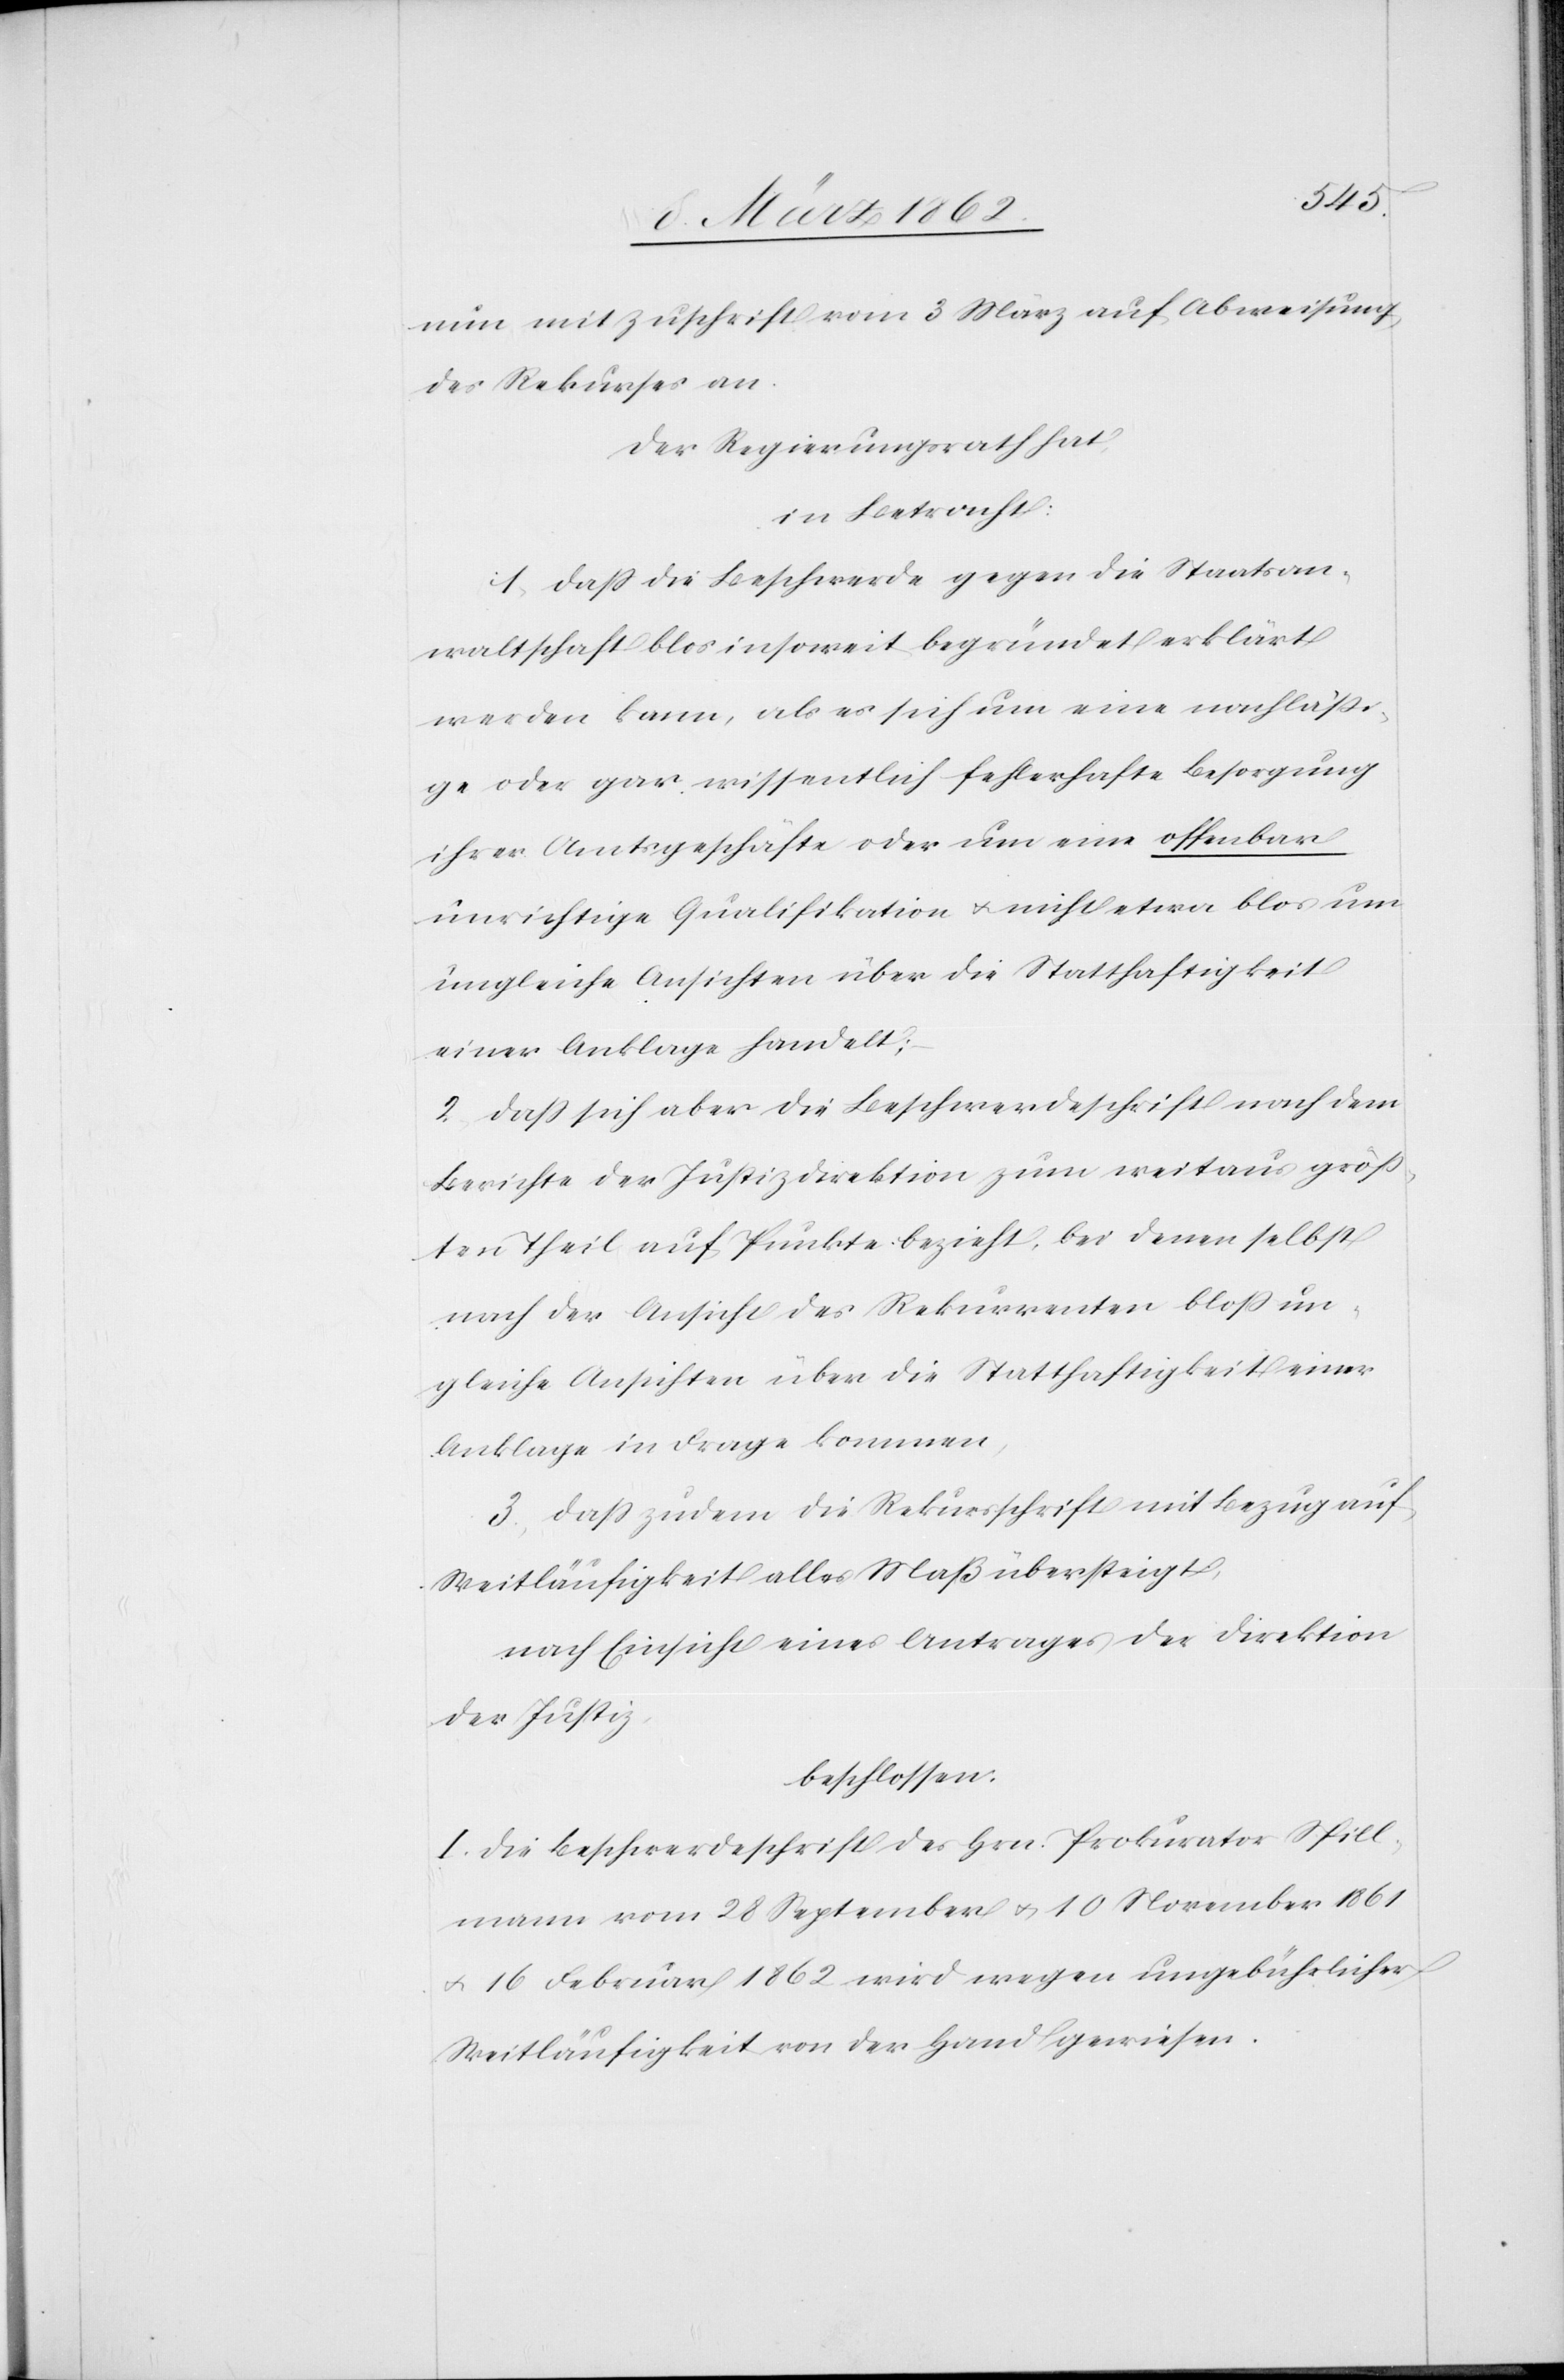
nun mit Zuschrift vom 3 März auf Abweisung
des Rekurses an.
Der Regierungsrath hat,
in Betracht:
1) daß die Beschwerde gegen die Staatsan¬
waltschaft blos insoweit begründet erklärt
werden kann, als es sich um eine nachläßi¬
ge oder gar wissentlich fehlerhafte Besorgung
ihrer Amtsgeschäfte oder um eine offenbar
unrichtige Qualifikation u. nicht etwa blos um
ungleiche Ansichten über die Statthaftigkeit
einer Anklage handelt;
2) daß sich aber die Beschwerdeschrift nach dem
Berichte der Justizdirektion zum weitaus größ¬
ten Theil auf Punkte bezieht, bei denen selbst
nach der Ansicht des Rekurrenten bloß un¬
gleiche Ansichten über die Statthaftigkeit einer
Anklage in Frage kommen,
3) daß zudem die Rekursschrift mit Bezug auf
Weitläufigkeit alles Maß übersteigt,
nach Einsicht eines Antrages der Direktion
der Justiz,
beschlossen:
I. Die Beschwerdeschrift des Hrn. Prokurator Spill¬
mann vom 28 September u. 10 November 1861
u. 16 Februar 1862 wird wegen ungebührlicher
Weitläufigkeit von der Hand gewiesen.